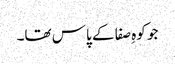
جو کوہِ صفا کے پاس تھا۔